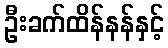
ဦးခက်ထိန်နန်နှင့်